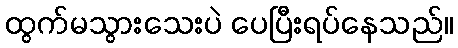
ထွက်မသွားသေးပဲ ပေပြီးရပ်နေသည်။